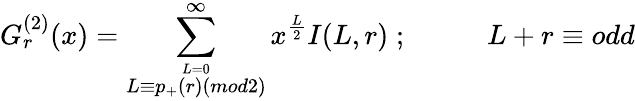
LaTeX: G_{r}^{(2)}(x)=\sum_{\stackrel{L=0}{L\equiv p_{+}(r)(mod2)}}^{\infty}x^{\frac{L}{2}}I(L,r)\; ;\; \; \; \; \; \; \; \; \; \; L+r\equiv odd